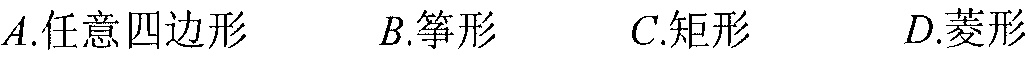
$A.任意四边形$ $B.筝形$ $C.矩形$ $D.菱形$